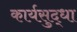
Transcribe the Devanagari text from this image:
कार्यसुद्धा